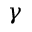
\gamma